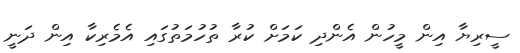
ސީރިޔާ އިން މީހުން އެންދި ކަމަށް ކުރާ ތުހުމަތުގައި އެމެރިކާ އިން ދަނީ